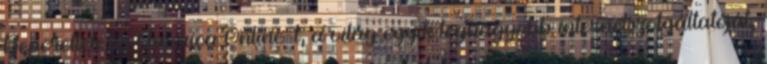
Beperelték az America Online-t, a világ egyik legnagyobb internetszolgáltatóját,